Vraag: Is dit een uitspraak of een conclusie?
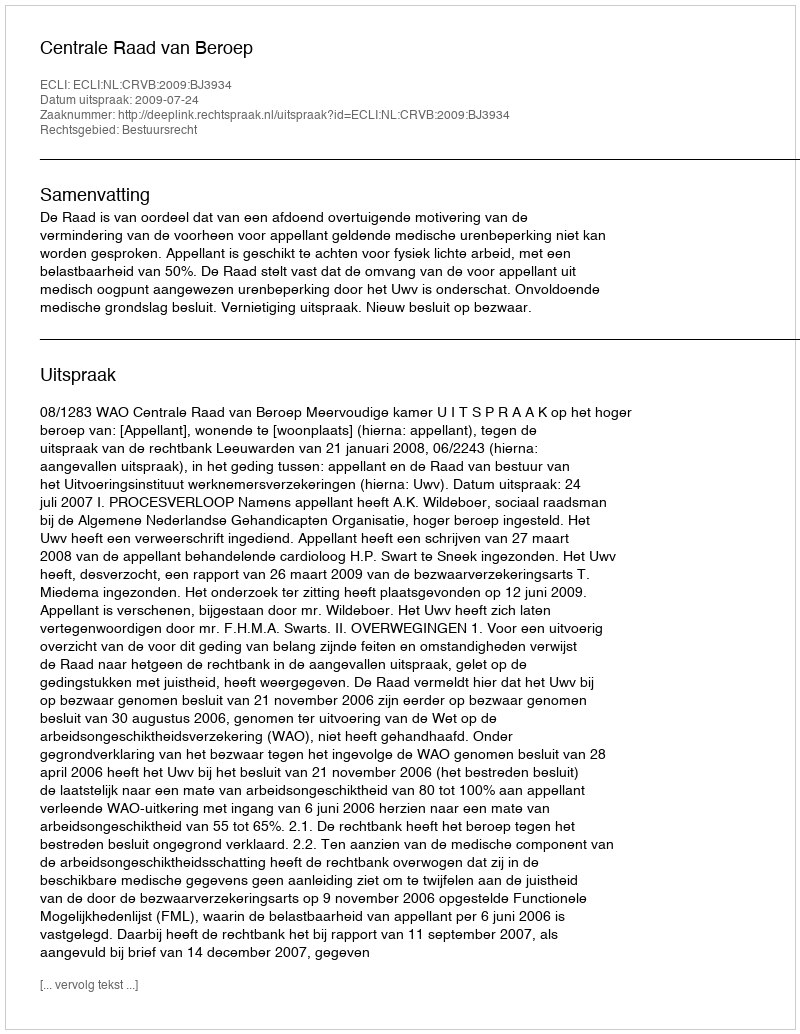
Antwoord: Uitspraak